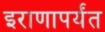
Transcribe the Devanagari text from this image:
इराणापर्यंत